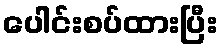
ပေါင်းစပ်ထားပြီး